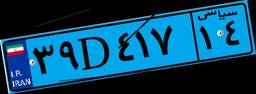
۷۰D۸۵۶۸۴